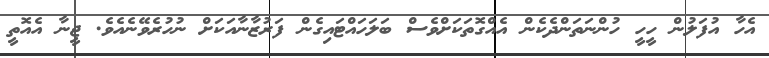
އެހާ އުފަލުން ހީހީ ހުންނަތަންދެކެން އެއްގޮތަކަށްވެސް ބަލަހައްޓައިގެން ފަރުޒާނާއަކަށް ނުހުރެވޭނެއެވެ. ޖީނާ އެއޮތީ